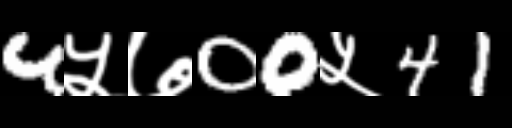
Text: 4५७00५41